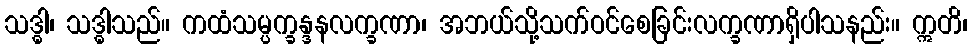
သဒ္ဓါ၊ သဒ္ဓါသည်။ ကထံသမ္ပက္ခန္ဒနလက္ခဏာ၊ အဘယ်သို့သက်ဝင်စေခြင်းလက္ခဏာရှိပါသနည်း။ ဣတိ၊